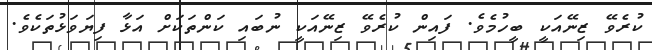
ކުރެވޭ ޒިނޭއަކީ ބީހުމެވެ. ފައިން ކުރެވޭ ޒިނޭއަކީ ނުބައި ކަންތަކަށް އަޅާ ފިޔަވަޅުތަކެވެ.